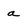
Character: a